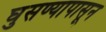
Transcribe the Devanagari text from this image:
घुसण्यापासून